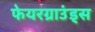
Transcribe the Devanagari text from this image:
फेयरग्राउंड्स